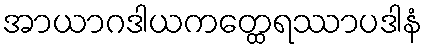
အာယာဂဒါယကတ္ထေရဿာပဒါနံ